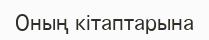
Оның кітаптарына